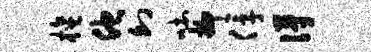
檀他幻吐抑俘得